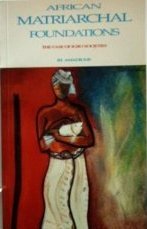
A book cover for Afrikan Matriarchal Foundations: The Igbo Case; Ifi Amadiume; History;